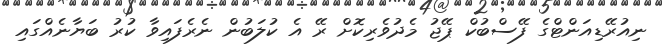
ނިއުރޭޑިއަންޓްގެ ފޭސްބުކް ޕޭޖު މެދުވެރިކޮށް ރޭ އެ ކުލަބުން ނެރެފައިވާ ކުރު ބަޔާނެއްގައި